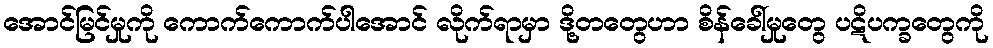
အောင်မြင်မှုကို ကောက်ကောက်ပါအောင် လိုက်ရာမှာ ဒို့တတွေဟာ စိန်ခေါ်မှုတွေ ပဋိပက္ခတွေကို